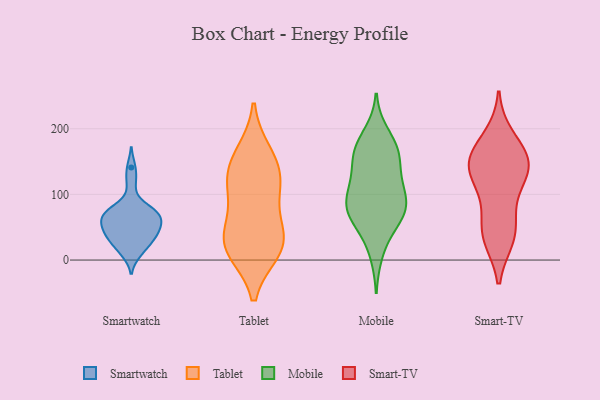
{"axis": {"x": "LTV (USD)", "y": "Value"}, "legend": ["Mobile", "Smart-TV", "Smartwatch", "Tablet"], "data": [{"x": "", "y": 72, "type": "Smartwatch"}, {"x": "", "y": 29, "type": "Smartwatch"}, {"x": "", "y": 71, "type": "Smartwatch"}, {"x": "", "y": 10, "type": "Smartwatch"}, {"x": "", "y": 118, "type": "Smartwatch"}, {"x": "", "y": 51, "type": "Smartwatch"}, {"x": "", "y": 71, "type": "Smartwatch"}, {"x": "", "y": 59, "type": "Smartwatch"}, {"x": "", "y": 82, "type": "Smartwatch"}, {"x": "", "y": 76, "type": "Smartwatch"}, {"x": "", "y": 13, "type": "Smartwatch"}, {"x": "", "y": 57, "type": "Smartwatch"}, {"x": "", "y": 29, "type": "Smartwatch"}, {"x": "", "y": 43, "type": "Smartwatch"}, {"x": "", "y": 37, "type": "Smartwatch"}, {"x": "", "y": 50, "type": "Smartwatch"}, {"x": "", "y": 141, "type": "Smartwatch"}, {"x": "", "y": 65, "type": "Smartwatch"}, {"x": "", "y": 36, "type": "Smartwatch"}, {"x": "", "y": 19, "type": "Tablet"}, {"x": "", "y": 15, "type": "Tablet"}, {"x": "", "y": 162, "type": "Tablet"}, {"x": "", "y": 50, "type": "Tablet"}, {"x": "", "y": 147, "type": "Tablet"}, {"x": "", "y": 130, "type": "Tablet"}, {"x": "", "y": 23, "type": "Tablet"}, {"x": "", "y": 104, "type": "Tablet"}, {"x": "", "y": 32, "type": "Tablet"}, {"x": "", "y": 108, "type": "Tablet"}, {"x": "", "y": 115, "type": "Mobile"}, {"x": "", "y": 42, "type": "Mobile"}, {"x": "", "y": 70, "type": "Mobile"}, {"x": "", "y": 73, "type": "Mobile"}, {"x": "", "y": 158, "type": "Mobile"}, {"x": "", "y": 79, "type": "Mobile"}, {"x": "", "y": 72, "type": "Mobile"}, {"x": "", "y": 98, "type": "Mobile"}, {"x": "", "y": 170, "type": "Mobile"}, {"x": "", "y": 175, "type": "Mobile"}, {"x": "", "y": 193, "type": "Mobile"}, {"x": "", "y": 158, "type": "Mobile"}, {"x": "", "y": 10, "type": "Mobile"}, {"x": "", "y": 87, "type": "Mobile"}, {"x": "", "y": 116, "type": "Mobile"}, {"x": "", "y": 121, "type": "Mobile"}, {"x": "", "y": 156, "type": "Mobile"}, {"x": "", "y": 70, "type": "Mobile"}, {"x": "", "y": 73, "type": "Smart-TV"}, {"x": "", "y": 146, "type": "Smart-TV"}, {"x": "", "y": 138, "type": "Smart-TV"}, {"x": "", "y": 149, "type": "Smart-TV"}, {"x": "", "y": 151, "type": "Smart-TV"}, {"x": "", "y": 187, "type": "Smart-TV"}, {"x": "", "y": 131, "type": "Smart-TV"}, {"x": "", "y": 38, "type": "Smart-TV"}, {"x": "", "y": 34, "type": "Smart-TV"}, {"x": "", "y": 168, "type": "Smart-TV"}, {"x": "", "y": 40, "type": "Smart-TV"}, {"x": "", "y": 113, "type": "Smart-TV"}]}